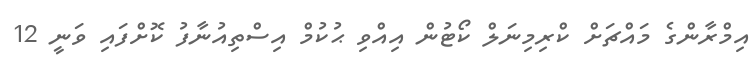
އިމްރާންގެ މައްޗަށް ކްރިމިނަލް ކޯޓުން އިއްވި ޙުކުމް އިސްތިއުނާފު ކޮށްފައި ވަނީ 12